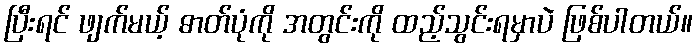
ပြီးရင် ဖျက်မယ့် ဓာတ်ပုံကို အတွင်းကို ထည့်သွင်းရမှာပဲ ဖြစ်ပါတယ်။